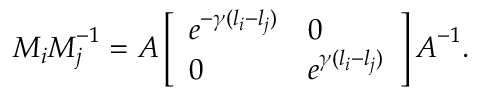
\boldsymbol { M } _ { i } \boldsymbol { M } _ { j } ^ { - 1 } = \boldsymbol { A } \left[ \begin{array} { l l } { e ^ { - \gamma ( l _ { i } - l _ { j } ) } } & { 0 } \\ { 0 } & { e ^ { \gamma ( l _ { i } - l _ { j } ) } } \end{array} \right] \boldsymbol { A } ^ { - 1 } .